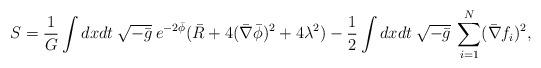
LaTeX: \begin{align*}S=\frac{1}{G}\int dxdt\:\sqrt{-\bar{g}} \:e^{-2\bar{\phi}}(\bar{R}+4(\bar{\nabla} \bar{\phi})^2+4\lambda^2)-\frac{1}{2}\int dxdt\:\sqrt{-\bar{g}}\: \sum_{i=1}^N(\bar{\nabla}f_i)^2,\end{align*}